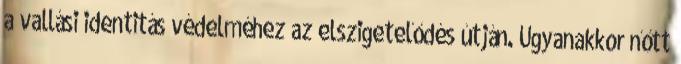
a vallási identitás védelméhez az elszigetelődés útján. Ugyanakkor nőtt